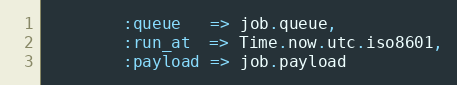
Language: Ruby
        :queue   => job.queue,
        :run_at  => Time.now.utc.iso8601,
        :payload => job.payload